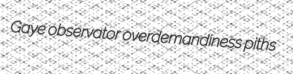
Gaye observator overdemandiness piths